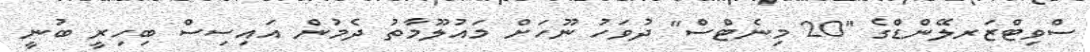
ސްވިޓްޒަރލޭންޑްގެ "20 މިނެޓްސް" ދުވަހު ނޫހަށް މައުލޫމާތު ދެމުން އައިސިސް ބިހިރީ ބުނީ